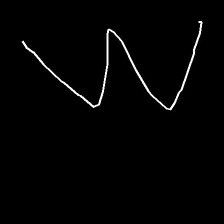
Glyph: crush